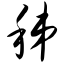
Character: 秭